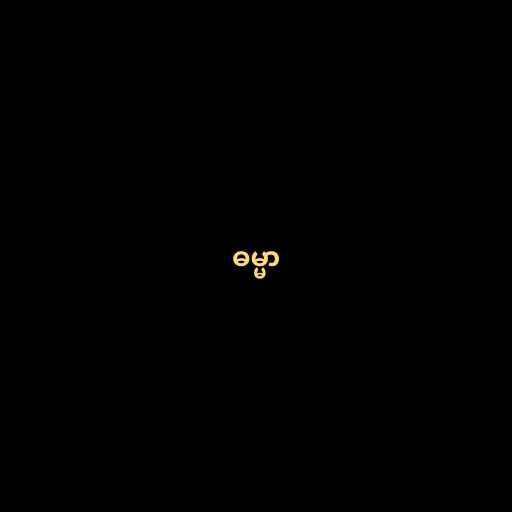
ဓမ္မာ